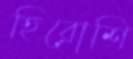
হিরোশি